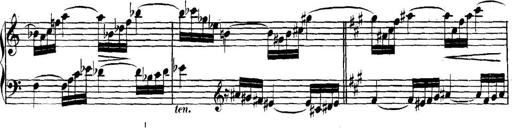
Title: Collected Piano Sonatas
Composer: Muzio Clementi